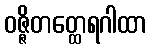
ဝဇ္ဇိတတ္ထေရဂါထာ